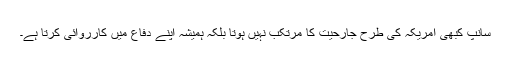
سانپ کبھی امریکہ کی طرح جارحیت کا مرتکب نہیں ہوتا بلکہ ہمیشہ اپنے دفاع میں کارروائی کرتا ہے۔